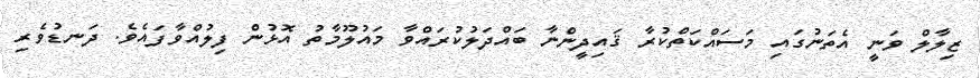
ޒިލާލް ވަނީ އެތަނުގައި މަސައްކަތްކުރާ ޤައިދީންނާ ބައްދަލުކުރައްވާ މައުލޫމާތު އޮޅުން ފިލުއްވާފައެވެ. ދަނޑުވެރި